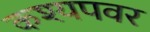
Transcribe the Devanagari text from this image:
कश्यपवर